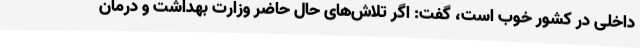
داخلی در کشور خوب است، گفت: اگر تلاش‌های حال حاضر وزارت بهداشت و درمان